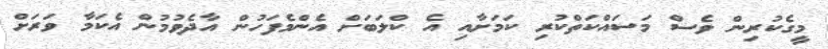
މީގެކުރިން ވެސް މަސައްކަތްކުރި ކަމަށާއި އެ ކްލަބަށް އެންމެފަހުން އާދެވުމުން އެކަމާ ވަރަށް